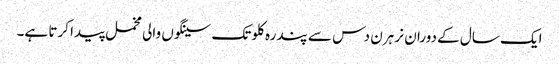
ایک سال کے دوران نر ہرن دس سے پندرہ کلو تک سینگوں والی مخمل پیدا کرتا ہے۔